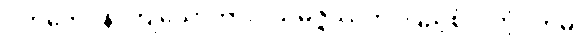
ပတိတေပန၊ ကျသော်ကား။ သမ္ပဇ္ဇိဿတိ၊ ပြည့်စုံလတံ့။ တမ္ပိ၊